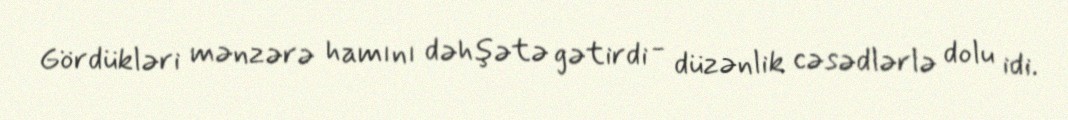
Gördükləri mənzərə hamını dəhşətə gətirdi - düzənlik cəsədlərlə dolu idi.